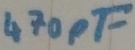
Text: 470PF